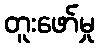
တူးဖော်မှု